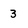
Character: 3